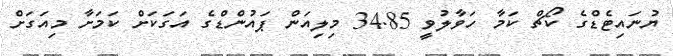
ޔުނައިޓެޑްގެ ކޯޗް ކަމާ ހަވާލުވީ 34.85 މިލިއަން ޕައުންޑްގެ އަގަކަށް ކަމަށާ މިއަގަށް